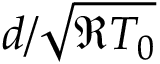
d / \sqrt { \mathfrak { R } T _ { 0 } }